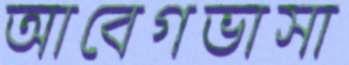
আবেগভাসা